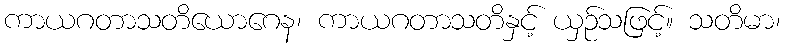
ကာယဂတာသတိယောဂေန၊ ကာယဂတာသတိနှင့် ယှဉ်သဖြင့်။ သတိမာ၊